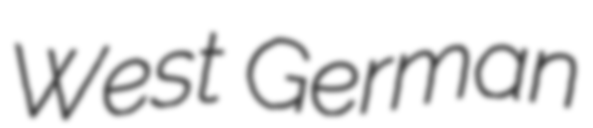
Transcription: West German